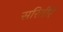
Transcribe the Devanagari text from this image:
सरितीरे